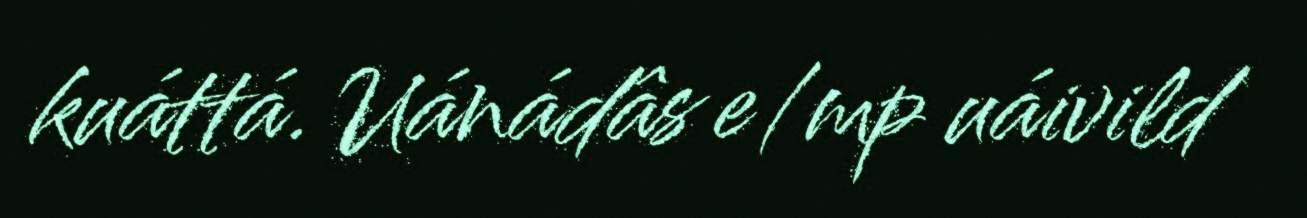
kuáttá. Uánádâs e/mp uáivild